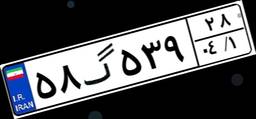
۸۷گ۳۴۱۶۵